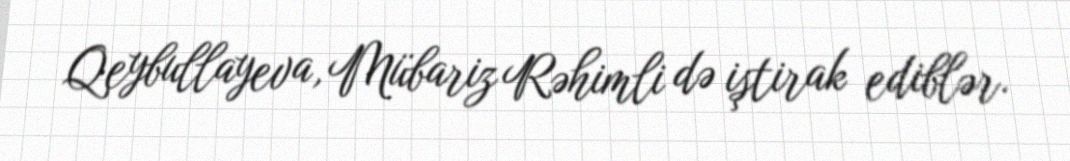
Qeybullayeva, Mübariz Rəhimli də iştirak ediblər.